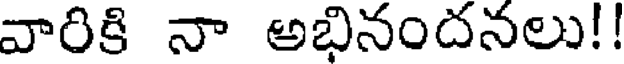
వారికి నా అభినందనలు!